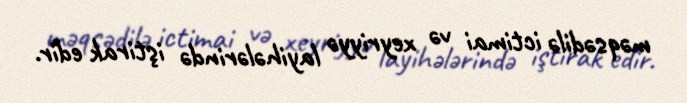
məqsədilə ictimai və xeyriyyə layihələrində iştirak edir.